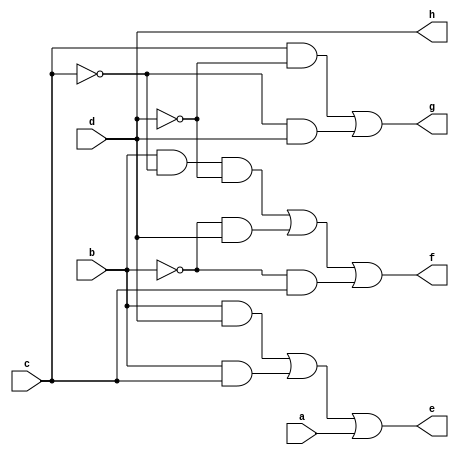
module BCD(
    input a,b,c,d,
    output e,f,g,h);

assign e = ((b&d)|(b&c)|a);
assign f = ((b&(~c)&(~d))|((~b)&d)|((~b)&c));
assign g = ((c&(~d))|((~c)&d));
assign h= d;
endmodule